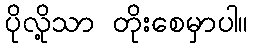
ပိုလို့သာ တိုးစေမှာပါ။